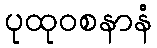
ပုထုဝစနာနံ